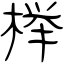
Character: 榉